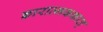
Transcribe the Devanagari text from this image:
कारात्मककात्‌